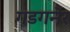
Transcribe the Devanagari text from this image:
गडगनेर